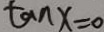
\tan x = 0